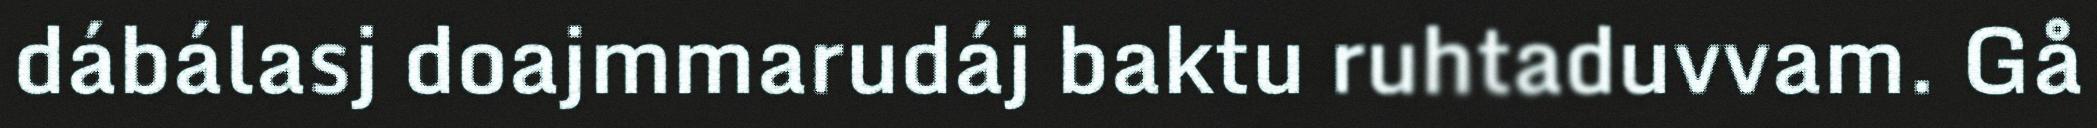
dábálasj doajmmarudáj baktu ruhtaduvvam. Gå